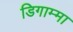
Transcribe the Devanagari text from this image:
डिगाम्मा